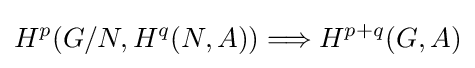
H^{p}(G/N,H^{q}(N,A))\Longrightarrow H^{p+q}(G,A)